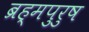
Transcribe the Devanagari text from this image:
ब्रह्मपुरुष